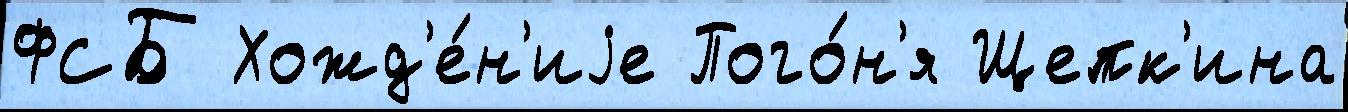
ФСБ Хожд'е́н'иjе Пого́н'я Щепк'ина